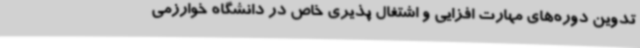
تدوین دوره‌های مهارت افزایی و اشتغال پذیری خاص در دانشگاه خوارزمی